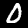
Digit: 0